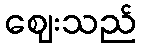
ဈေးသည်